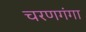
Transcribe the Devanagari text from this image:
चरणगंगा